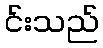
င်းသည်